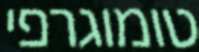
טומוגרפי